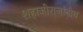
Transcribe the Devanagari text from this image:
शहाजीराजांनीच